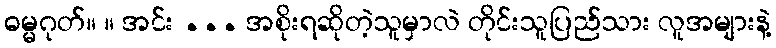
ဓမ္မဂုတ်။ ။ အင်း ... အစိုးရဆိုတဲ့သူမှာလဲ တိုင်းသူပြည်သား လူအများနဲ့